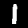
Label: 1